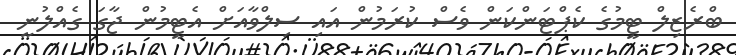
ބްރެޒިލް ޓީމުގެ ކެޕްޓަންކަން ވެސް ކުރަމުން އައި ސިލްވާއަށް އެޓީމުން ޖާގަ ގެއްލުނީ